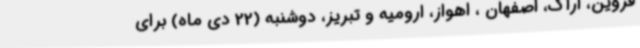
قزوین، اراک، اصفهان ، اهواز، ارومیه و تبریز، دوشنبه (22 دی ماه) برای